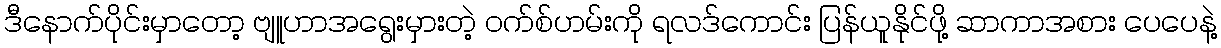
ဒီနောက်ပိုင်းမှာတော့ ဗျူဟာအရွေးမှားတဲ့ ဝက်စ်ဟမ်းကို ရလဒ်ကောင်း ပြန်ယူနိုင်ဖို့ ဆာကာအစား ပေပေနဲ့